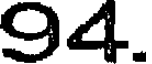
94.